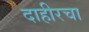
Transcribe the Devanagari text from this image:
दाहीरचा